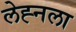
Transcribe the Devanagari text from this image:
लेह्नला